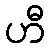
ဟီ